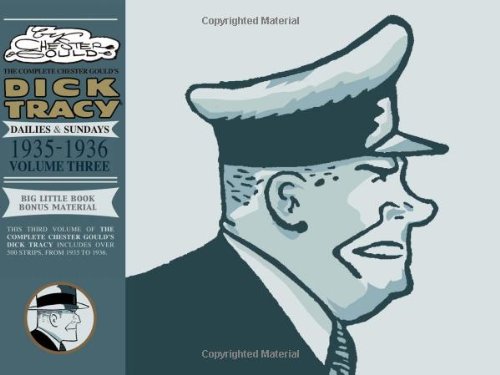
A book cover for Complete Chester Gould's Dick Tracy Volume 3; Chester Gould; Humor & Entertainment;